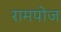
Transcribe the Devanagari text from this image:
रामपोज